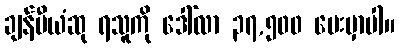
ချန်ပီယံဆု ရသူကို ဒေါ်လာ ၃၇,၅၀၀ ပေးမှာပါ။